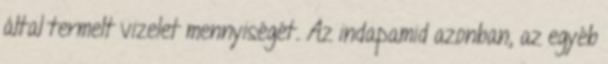
által termelt vizelet mennyiségét. Az indapamid azonban, az egyéb